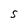
Character: S